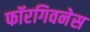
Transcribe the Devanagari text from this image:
फॉरगिवनेस